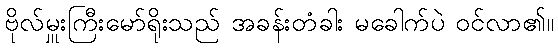
ဗိုလ်မှူးကြီးမော်ရိုးသည် အခန်းတံခါး မခေါက်ပဲ ဝင်လာ၏။